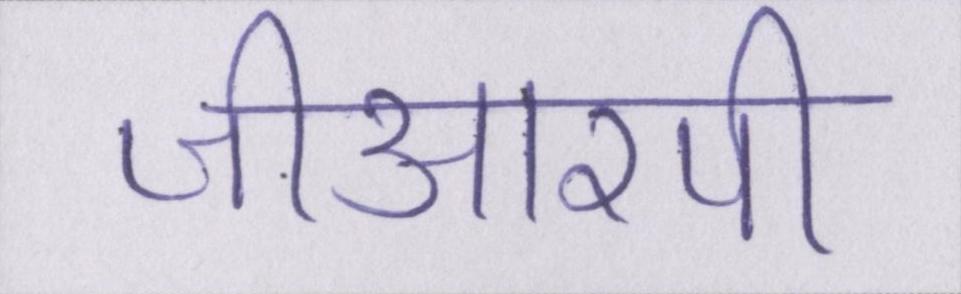
जीआरपी